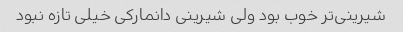
شیرینی‌تر خوب بود ولی شیرینی دانمارکی خیلی تازه نبود